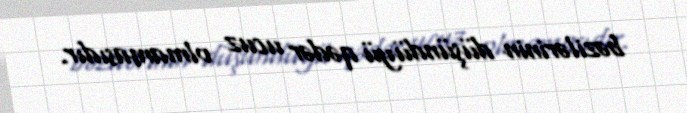
bəzilərinin düşündüyü qədər ucuz olmamasıdır.